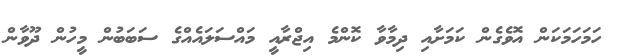
ހަމަހަމަކަން އޮވެގެން ކަމަށާއި ދިމާވާ ކޮންމެ އިޖްރާއީ މަައްސަލައެއްގެ ސަބަބުން މީހުުން ދޫވާން